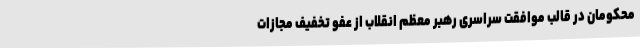
محکومان در قالب موافقت سراسری رهبر معظم انقلاب از عفو تخفیف مجازات